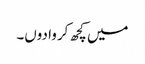
میں کچھ کروا دوں۔